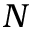
N